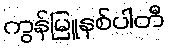
ကွန်မြူနစ်ပါတီ